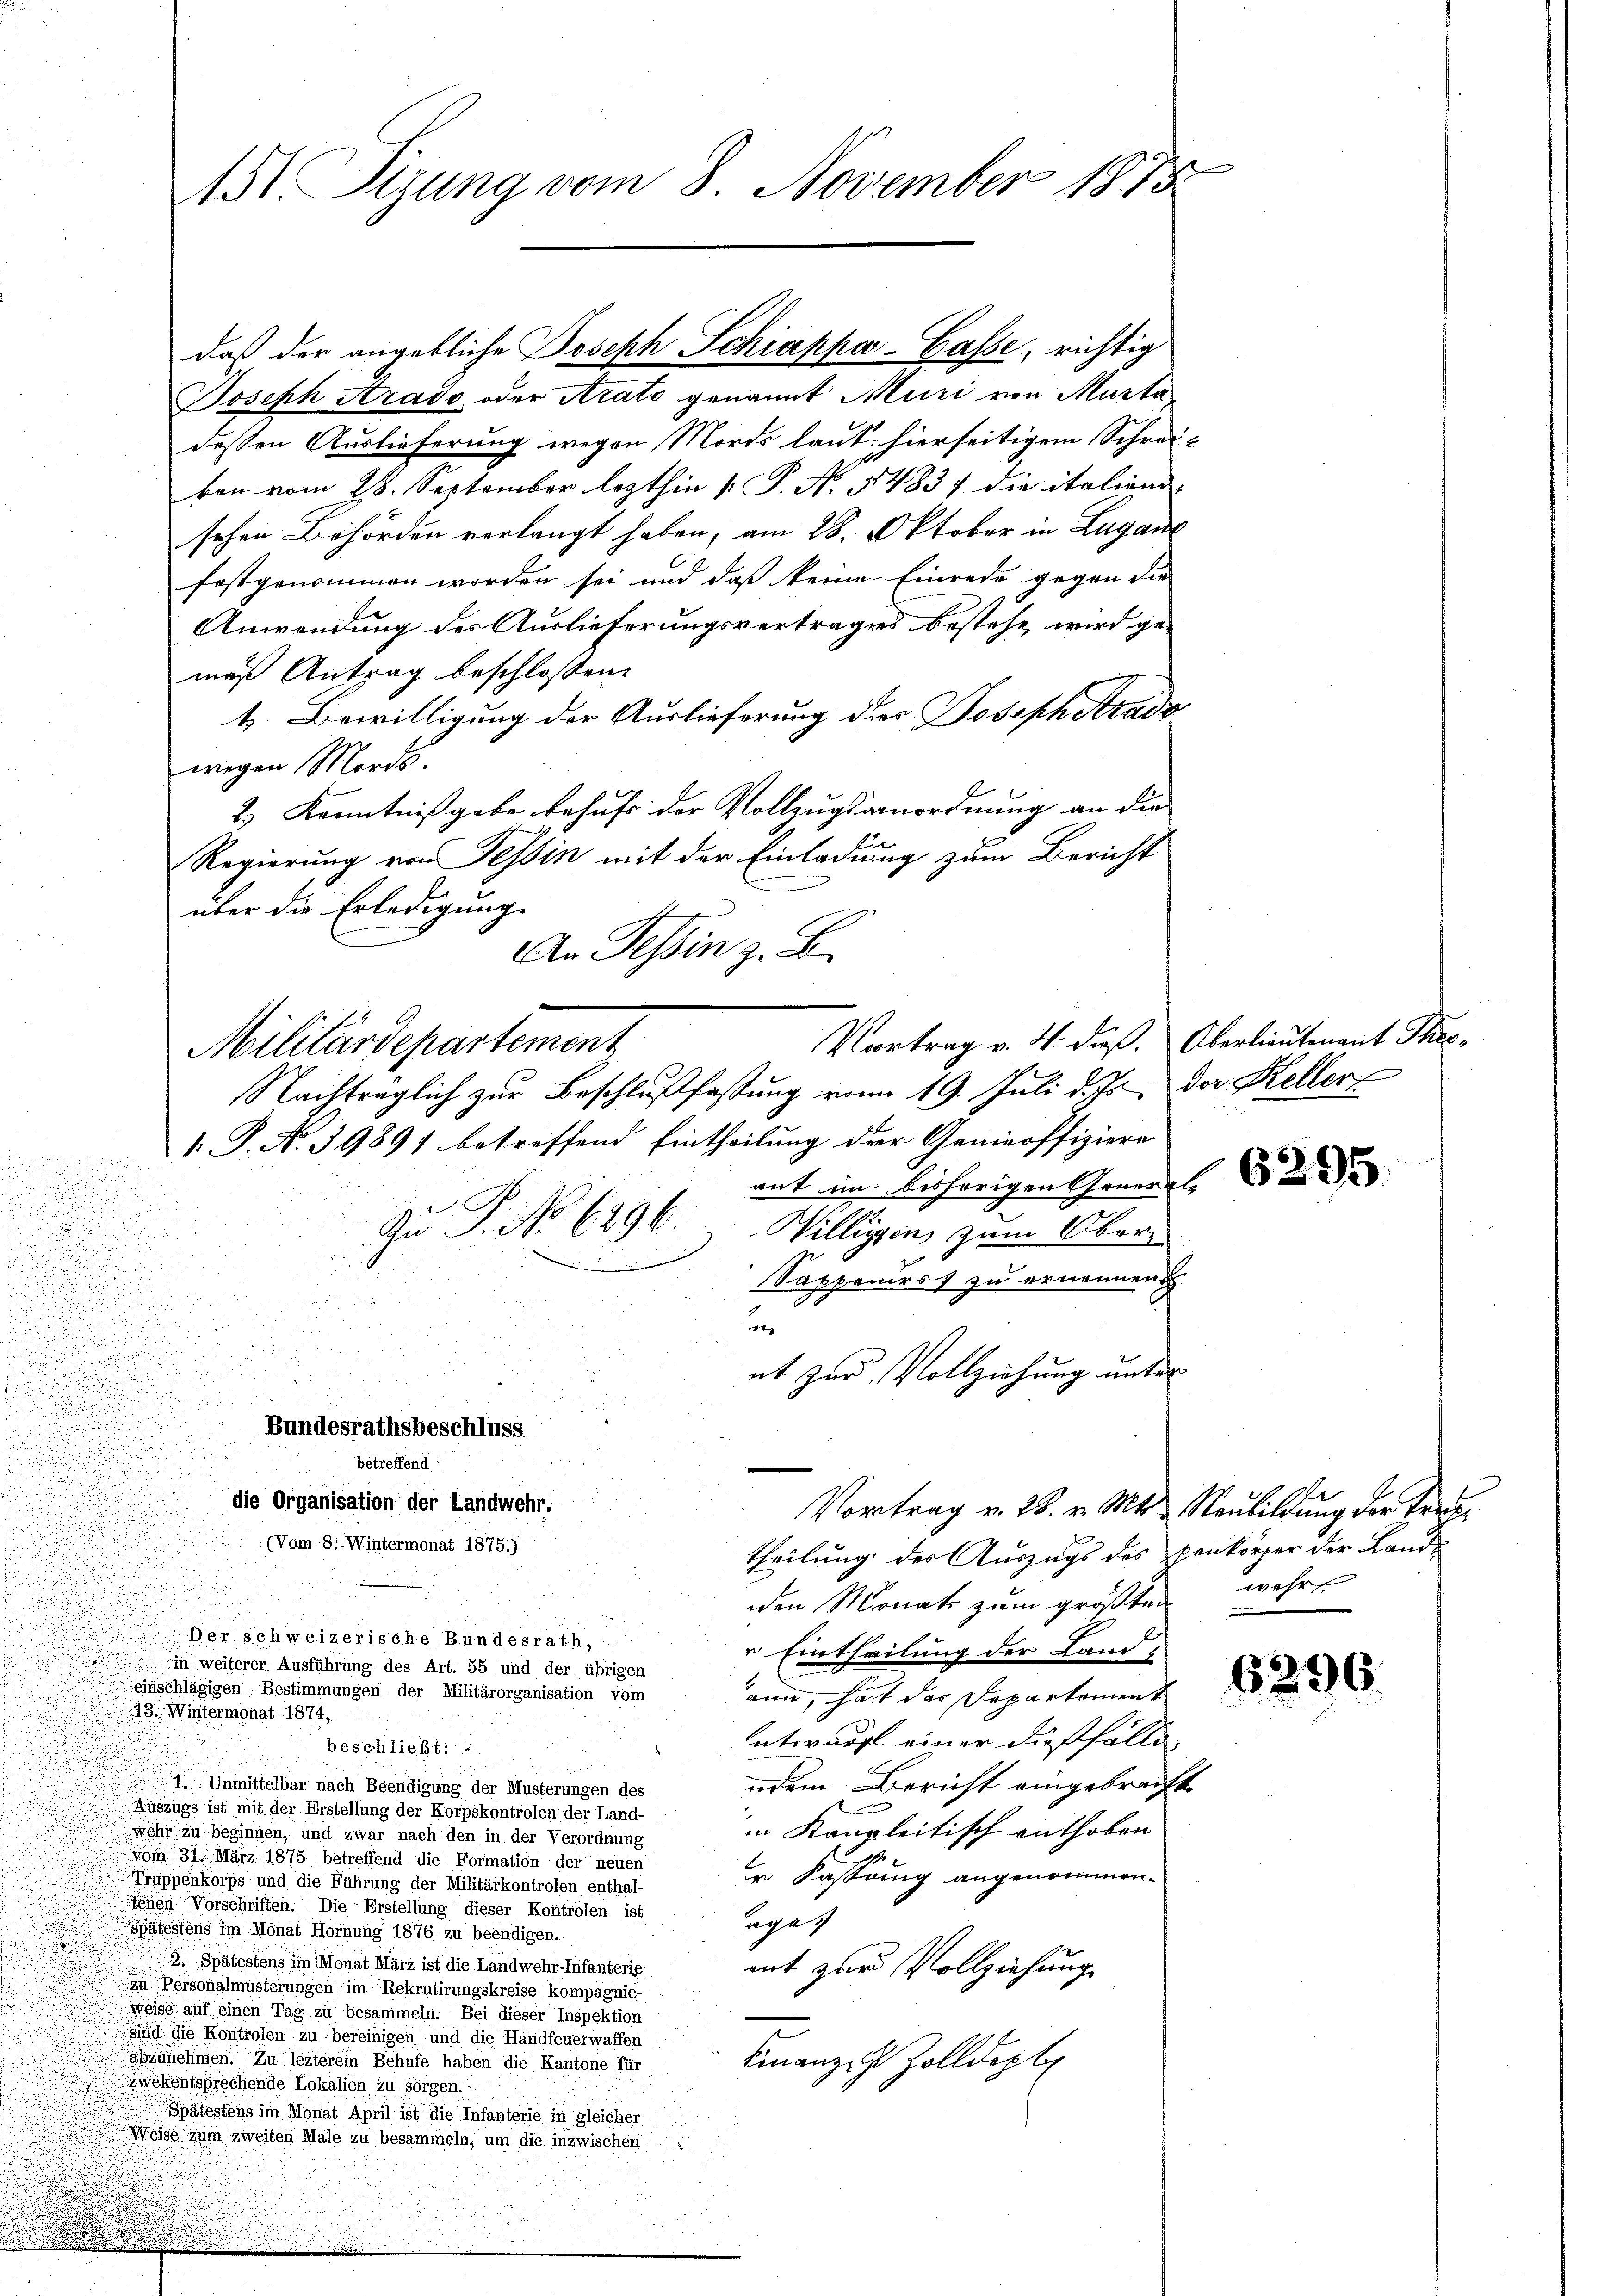
Joseph Arado oder Arato genannt Muri von Murta
dessen Auslieferung wegen Mords laut hierseitigem Schreikon vom 28. September lezthin [ P. N. 1483, die italiend-
sehen Behörden vorlangt haben, am 28. Oktober in Lugan
festgenommen worden sei und daß keine Einrede gegen die
Anwendung des Auslieferungsvertrages bestehe, wird gemaß Antrag beschlossen:
t. Bewilligung der Auslieferung ders Joseph Acado
wegen Mords.
2.) Kenntnißgabe behufs der Vollzugsanordnung an die
Regierung von Tessin mit der Einladung zum Bericht
über die Erledigung
An Tessin z. B.
Nachträglich zur Beschlußfassung vom 19. Juli d. Js. der Keller
1. P. No. 39897 betreffend Eintheilung der Genieoffiziere
rut im bisherigen Gener
Zu P. No 6296. Willigen zum Ober-
Sappeurs zu ernennen
n
nt zur Vollziehung unter
Bundesrathsbeschluss
d
betreffend
die Organisation der Landwehr.
Vortrag v. 28. v. Mts. Neubildung der Ter¬
(Vom 8. Wintermonat 1875.)
theilung des Auszugs des penkörper der Landden Monats zum größten wehr
Der schweizerische Bundesrath,
" Eintheilung der Land-
in weiterer Ausführung des Art. 55 und der übrigen
einschlägigen Bestimmungen der Militärorganisation vom
am, hast das Departement
13. Wintermonat 1874,
Entwurf einer dießfällibeschliebt:
ndem Bericht eingebracht
1 Unmittelbar nach Beendigung der Musterungen des
Auszugs ist mit der Erstellung der Korpskontrolen der Land-
in Kanzleitisch enthoben
wehr zu beginnen, und zwar nach den in der Verordnung
Bern
vom 31. März 1875 betreffend die Formation der neuen
r Fastung angenommen.
Truppenkorps und die Führung der Militärkontrolen enthal-
Einen Vorschriften. Die Erstellung dieser Kontrolen ist
age
Spätestens im Monat Hornung 1876 zu beendigen.
2. Spätestens im Monat März ist die Landwehr-Infanterie
ant zur Vollziehung
n Persohalmusterungen im Rekrutirungskreise kompagnie-
Weise auf einen Tag zu besammeln. Bei dieser Inspektion
Sind die Kontrolen zu bereinigen und die Handfeuerwaffen
abzunehmen. Zu leiterem Behufe haben die Kantone für
Finanze Zolldept
enckentsprechende Lokalien zu sorgen.
Spätestens im Monat April ist die Infanterie in gleicher
Weise zum zweiten Male zu besammeln, um die inzwischen

.

.
151 Sizung vom 8. November 1875

Militärdepartement

daß der angebliche Joseph Schiappar-Casse, richtig

Vortrag v. 4. dieß. Oberlieutenant Theo¬

6296